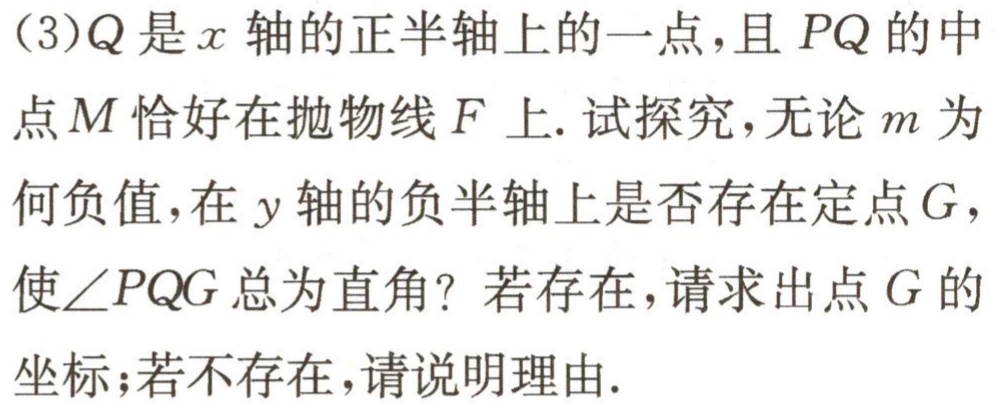
(3)$Q$是$x$轴的正半轴上的一点，且$PQ$的中点$M$恰好在抛物线$F$上. 试探究，无论$m$为何负值，在$y$轴的负半轴上是否存在定点$G$，使$\angle PQG$总为直角？若存在，请求出点$G$的坐标；若不存在，请说明理由.